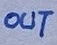
Text: OUT